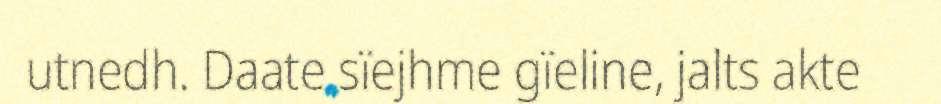
utnedh. Daate sïejhme gïeline, jalts akte